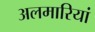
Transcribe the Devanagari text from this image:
अलमारियां